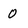
Character: 0